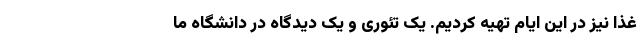
غذا نیز در این ایام تهیه کردیم. یک تئوری و یک دیدگاه در دانشگاه ما